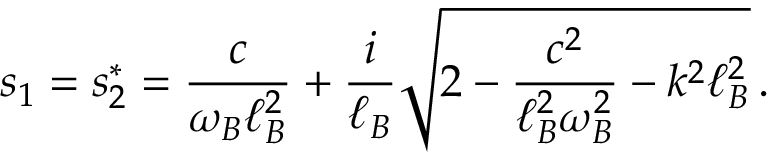
s _ { 1 } = s _ { 2 } ^ { * } = \frac { c } { \omega _ { B } \ell _ { B } ^ { 2 } } + \frac { i } { \ell _ { B } } \sqrt { 2 - \frac { c ^ { 2 } } { \ell _ { B } ^ { 2 } \omega _ { B } ^ { 2 } } - k ^ { 2 } \ell _ { B } ^ { 2 } } \, .